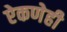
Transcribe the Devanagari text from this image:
ऐकणेही